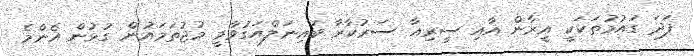
ފަދަ ގައުމުތަކަކީ އީރާން އާއި ސީރިއާ ސަރުކާރާ ބައިނަލްއަގުވާމީ މުޖުތަމައުން ގުޅުން އެންމެ